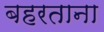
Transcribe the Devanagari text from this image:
बहरताना